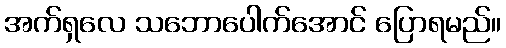
အက်ရှလေ သဘောပေါက်အောင် ပြောရမည်။